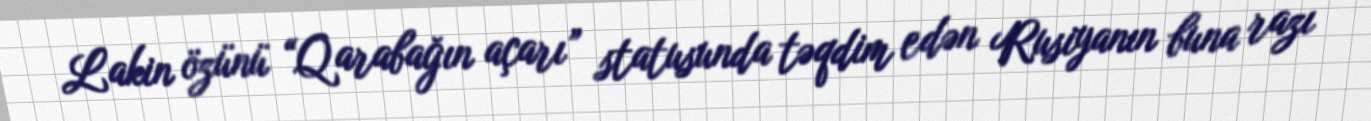
Lakin özünü “Qarabağın açarı” statusunda təqdim edən Rusiyanın buna razı